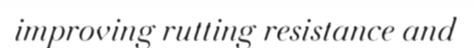
improving rutting resistance and